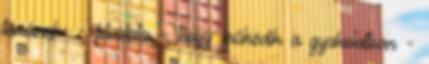
témának: - feladata - hogy működik a gyakolatban -